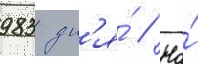
983 дн'я́ // На́